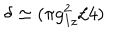
LaTeX: \delta \simeq ( \pi g _ { I z } ^ { 2 } / 4 )